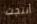
أنتجت